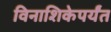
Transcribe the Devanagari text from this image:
विनाशिकेपर्यंत